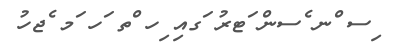
ިސ ްނ ެސން ަޓރު ަގއި ިހ ްތ ަހ ަމ ެޖހު